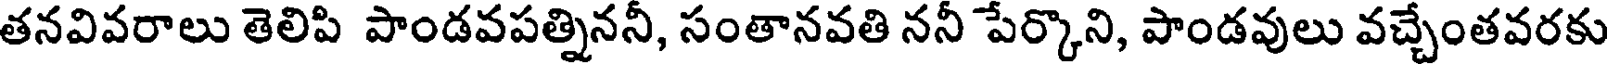
తనవివరాలు తెలిపి పాండవపత్నిననీ, సంతానవతి ననీ పేర్కొని, పాండవులు వచ్చేంతవరకు